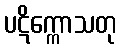
ပဋိက္ကောသတု